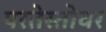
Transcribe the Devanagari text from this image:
परतेस्तोवर